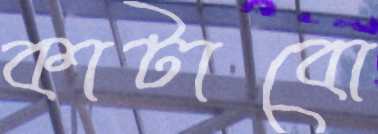
কাটাবো